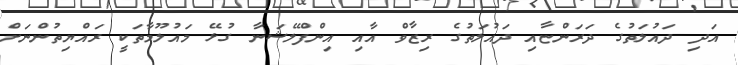
އަދި ދައުލަތުގެ ދަރަންޏާއި ދައުލަތުގެ ރިޒާވް އާއި އިންފްލޭޝަނާ ގުޅޭ މައުލޫމާތަކީ ރައްޔިތުންނަށް